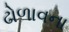
ઢોળાવના